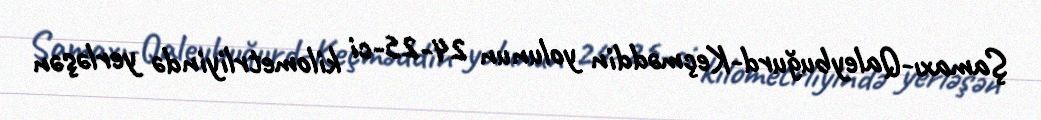
Şamaxı-Qaleybuğurd-Keçməddin yolunun 24-25-ci kilometrliyində yerləşən